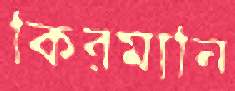
কিরমানি